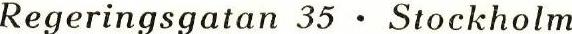
Regeringsgatan 35 ∙ Stockholm